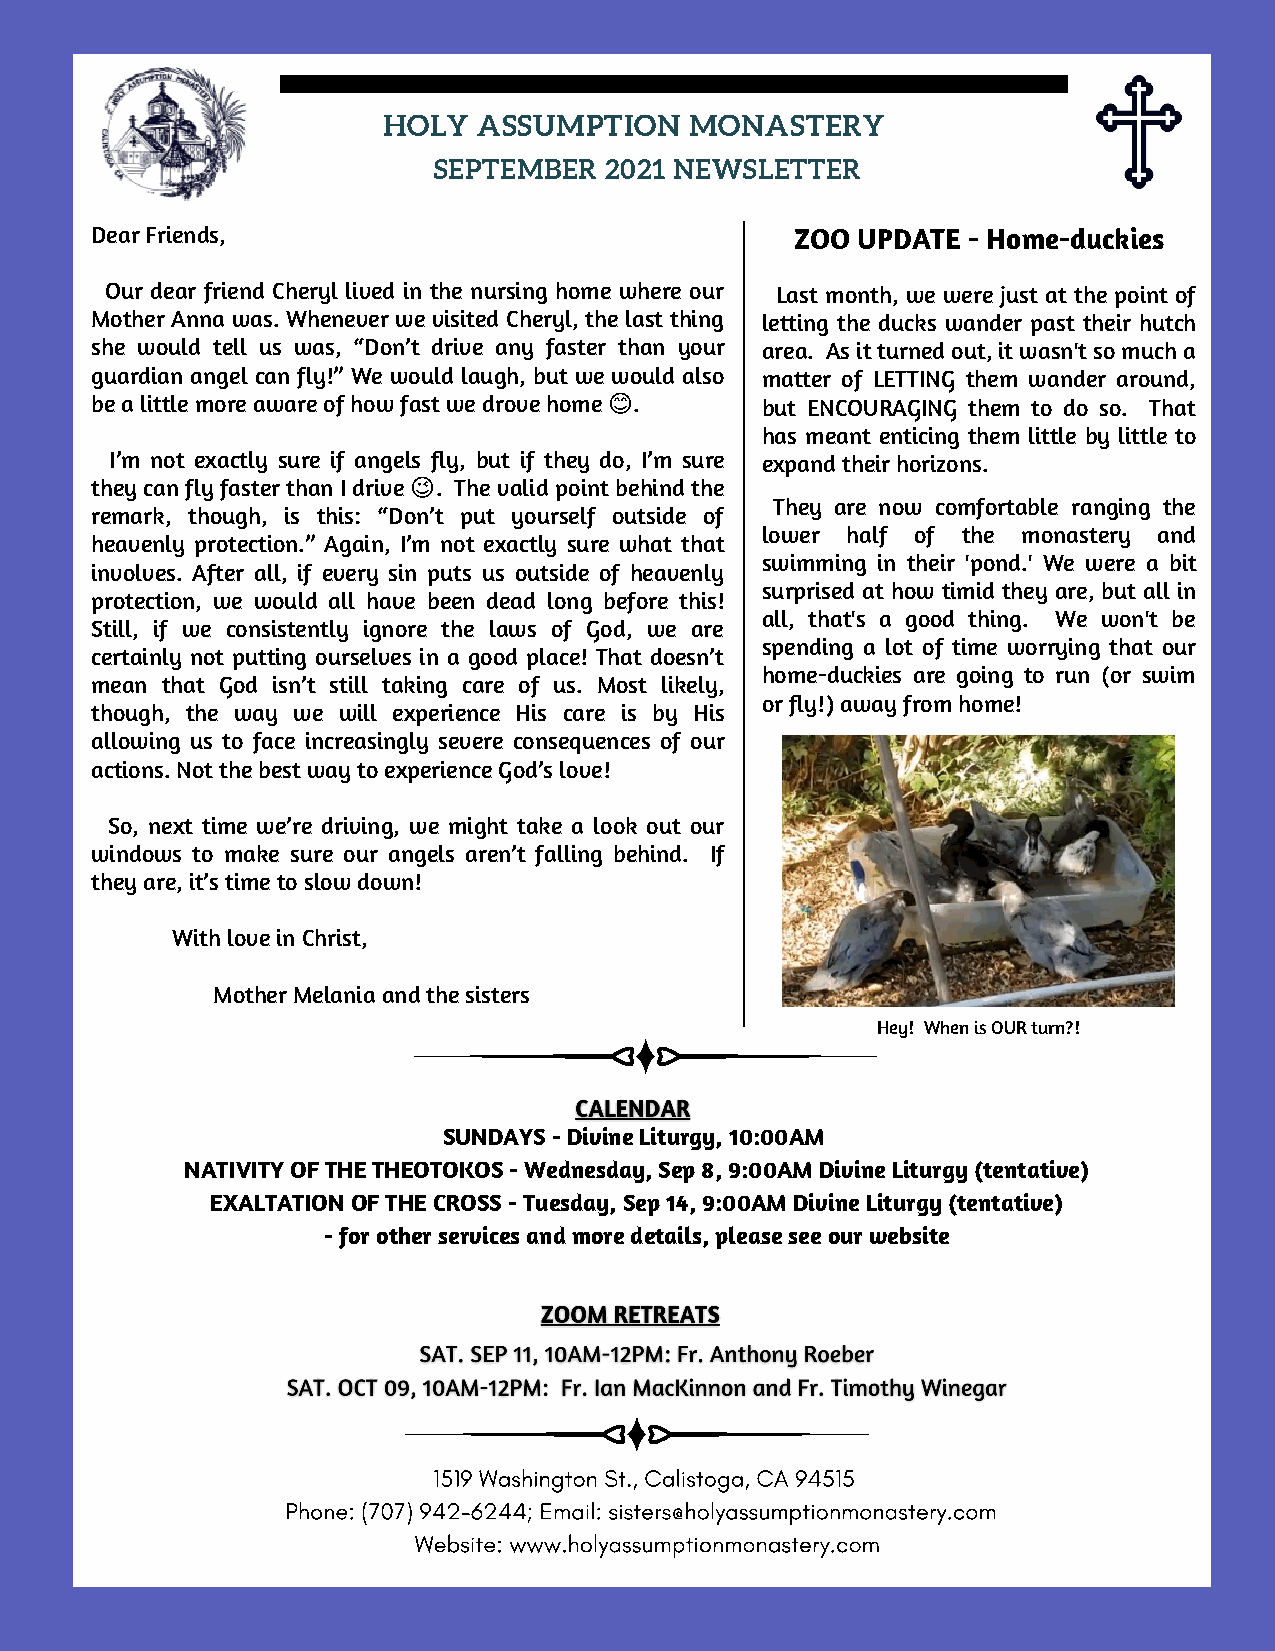
HOLY   ASSUMPTION    MONASTERY
 SEPTEMBER  2021 NEWSLETTER
 Dear Friends,                                  ZOO UPDATE - Home-duckies
 Our dear friend Cheryl lived in the nursing home where our Last month, we were just at the point of
 Mother Anna was. Whenever we visited Cheryl, the last thing letting the ducks wander past their hutch
 she would tell us was, “Don’t drive any faster than your area. As it turned out, it wasn't so much a
 guardian angel can fly!” We would laugh, but we would also matter of LETTING them wander around,
 be a little more aware of how fast we drove home 😊. but ENCOURAGING them to do so. That
 has meant enticing them little by little to
 I’m not exactly sure if angels fly, but if they do, I’m sure expand their horizons.
 they can fly faster than I drive 😉. The valid point behind the
 They are now comfortable ranging the
 remark, though, is this: “Don’t put yourself outside of
 lower half of the monastery and
 heavenly protection.” Again, I’m not exactly sure what that
 swimming in their 'pond.' We were a bit
 involves. After all, if every sin puts us outside of heavenly
 surprised at how timid they are, but all in
 protection, we would all have been dead long before this!
 all, that's a good thing. We won't be
 Still, if we consistently ignore the laws of God, we are
 spending a lot of time worrying that our
 certainly not putting ourselves in a good place! That doesn’t
 home-duckies are going to run (or swim
 mean that God isn’t still taking care of us. Most likely,
 or fly!) away from home!
 though, the way we will experience His care is by His
 allowing us to face increasingly severe consequences of our
 actions. Not the best way to experience God’s love!
 So, next time we’re driving, we might take a look out our
 windows to make sure our angels aren’t falling behind. If
 they are, it’s time to slow down!
 With love in Christ,
 Mother Melania and the sisters
 Hey! When is OUR turn?!
 SUNDAYS - Divine Liturgy, 10:00AM
 NATIVITY OF THE THEOTOKOS - Wednesday, Sep 8, 9:00AM Divine Liturgy (tentative)
 EXALTATION OF THE CROSS - Tuesday, Sep 14, 9:00AM Divine Liturgy (tentative)
 - for other services and more details, please see our website
 1519 Washington St., Calistoga, CA 94515
 Phone: (707) 942-6244; Email: sisters@holyassumptionmonastery.com
 Website: www.holyassumptionmonastery.com